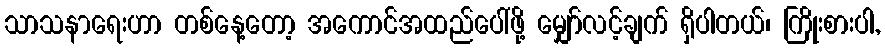
သာသနာရေးဟာ တစ်နေ့တော့ အကောင်အထည်ပေါ်ဖို့ မျှော်လင့်ချက် ရှိပါတယ်၊ ကြိုးစားပါ,